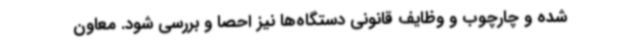
شده و چارچوب و وظایف قانونی دستگاه‌ها نیز احصا و بررسی شود. معاون